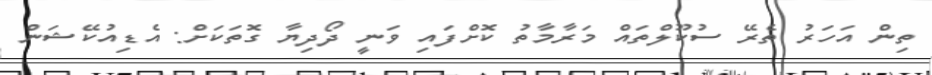
ތިން އަހަރު ތެރޭ ސުކޫލްތައް މަރާމާތު ކޮށްފައި ވަނީ ދޯދިޔާ ގޮތަކަށް: އެޑިއުކޭޝަން